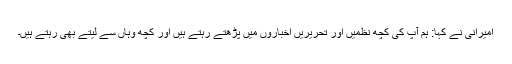
امیرانی نے کہا: ہم آپ کی کچھ نظمیں اور تحریریں اخباروں میں پڑھتے رہتے ہیں اور کچھ وہاں سے لیتے بھی رہتے ہیں۔